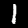
Digit: 1